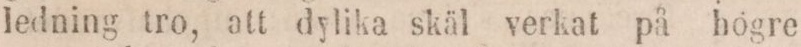
ledning tro, att dylika skäl verkat på hogre